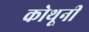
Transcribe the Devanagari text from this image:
कोथूनी